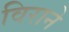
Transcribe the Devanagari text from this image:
विराने